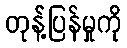
တုန့်ပြန်မှုကို